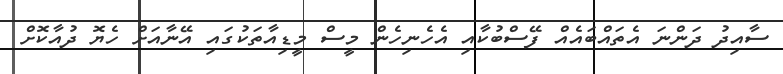
ސާއިދު ދަންނަ އެތައްބައެއް ފޭސްބުކާއި އެހެނިހެން މީސް މީޑިއާތަކުގައި އޭނާއަށް ހެޔޮ ދުއާކޮށް